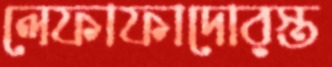
লেফাফাদোরস্ত